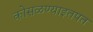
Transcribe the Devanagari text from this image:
कोसळण्याइतपत